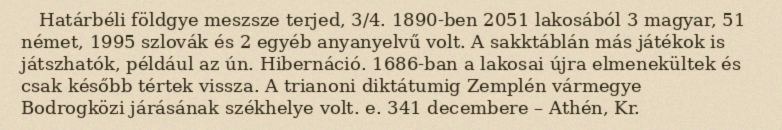
Határbéli földgye meszsze terjed, 3/4. 1890-ben 2051 lakosából 3 magyar, 51 német, 1995 szlovák és 2 egyéb anyanyelvű volt. A sakktáblán más játékok is játszhatók, például az ún. Hibernáció. 1686-ban a lakosai újra elmenekültek és csak később tértek vissza. A trianoni diktátumig Zemplén vármegye Bodrogközi járásának székhelye volt. e. 341 decembere – Athén, Kr.